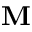
\textbf { M }